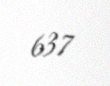
637